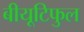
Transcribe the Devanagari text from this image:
बीयूटिफुल